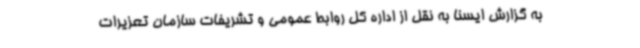
به گزارش ایسنا به نقل از اداره کل روابط عمومی و تشریفات سازمان تعزیرات